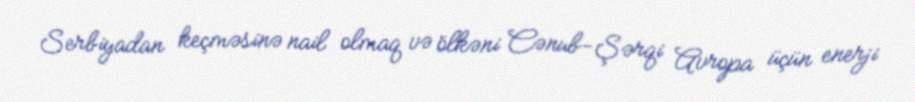
Serbiyadan keçməsinə nail olmaq və ölkəni Cənub-Şərqi Avropa üçün enerji